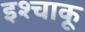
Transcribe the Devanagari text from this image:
इश्चाकू